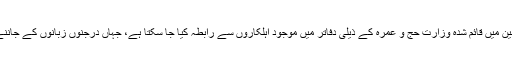
وزارت کی جانب سے کسی پریشانی یا شکایت کی صورت میں حرمین میں قائم شدہ وزارت حج و عمرہ کے ذیلی دفاتر میں موجود اہلکاروں سے رابطہ کیا جا سکتا ہے، جہاں درجنوں زبانوں کے جاننے والے افراد زائرین کی پریشانی کا ازالہ کرنے کے لیے موجود ہیں۔